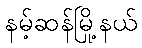
နမ့်ဆန်မြို့နယ်